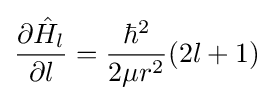
{\frac {\partial {\hat {H}}_{l}}{\partial l}}={\frac {\hbar ^{2}}{2\mu r^{2}}}(2l+1)